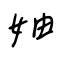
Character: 妯